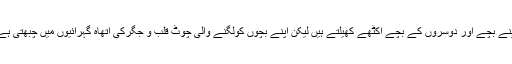
اپنے بچے اور دوسروں کے بچے اکٹھے کھیلتے ہیں لیکن اپنے بچوں کولگنے والی چوٹ قلب و جگرکی اتھاہ گہرائیوں میں چبھتی ہے۔